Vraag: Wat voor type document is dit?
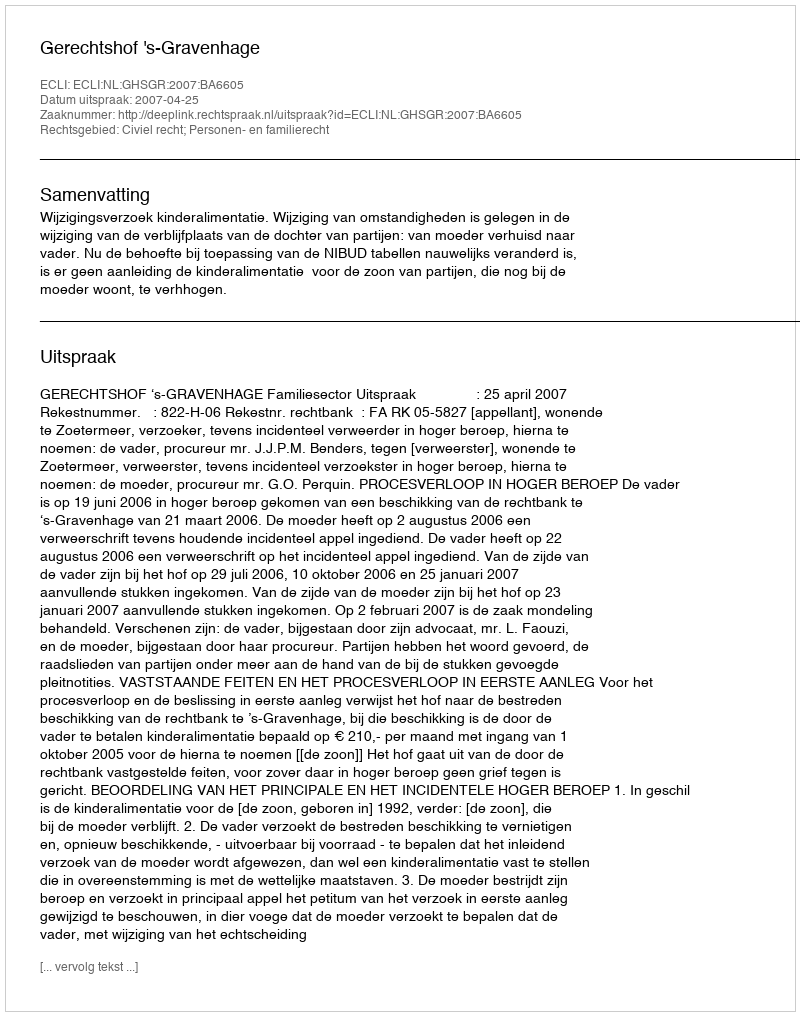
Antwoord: Uitspraak